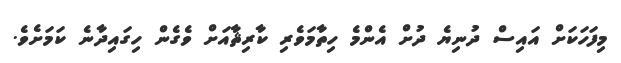
މިފަހަކަށް އައިސް ދުނިޔެ ދުށް އެންމެ ހިތާމަވެރި ކާރިޘާއަށް ވެގެން ހިގައިދާނެ ކަމަށެވެ.